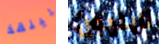
لينقذ نابليون